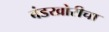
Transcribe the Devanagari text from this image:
बंडखोरीचा